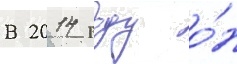
В 2014 году о́н